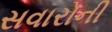
સવારોની